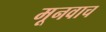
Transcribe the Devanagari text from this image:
मूनवाच